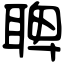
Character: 聛